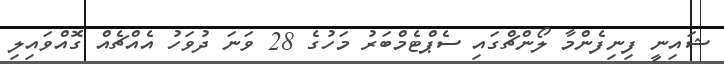
ޝައިނީ ފިނިފެންމާ ލޯންޗްގައި ސެޕްޓެމްބަރު މަހުގެ 28 ވަނަ ދުވަހު އެއްޗެއް ގޮއްވައިލި